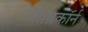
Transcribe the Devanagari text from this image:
ओम्रिकॉर्न